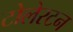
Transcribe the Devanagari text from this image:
टोलेरटन